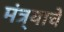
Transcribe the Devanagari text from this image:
मंत्र्याचे